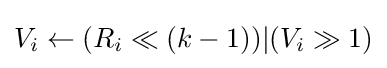
V_{i}\leftarrow (R_{i}\ll (k-1))|(V_{i}\gg 1)